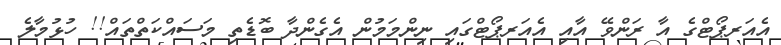
އެއަރޕޯޓްގެ އާ ރަންވޭ އާއި އެއަރޕޯޓްގައި ނިންމަމުން އެގެންދާ ބޮޑެތި މަސައްކަތްތައް!! ހުޅުމާލެ